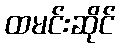
ထမင်းဆိုင်